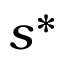
s ^ { * }